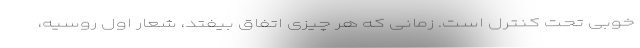
خوبی تحت کنترل است. زمانی که هر چیزی اتفاق بیفتد، شعار اول روسیه،‌